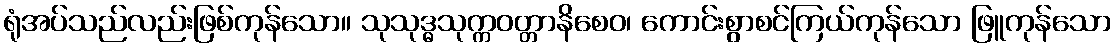
ရုံအပ်သည်လည်းဖြစ်ကုန်သော။ သုသုဒ္ဓသုက္ကဝတ္တာနိစေဝ၊ ကောင်းစွာစင်ကြယ်ကုန်သော ဖြူကုန်သော